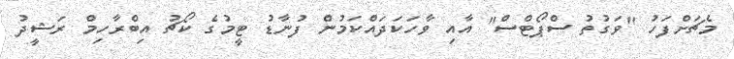
މެޗަށްފަހު "ވަގުތު ސްޕޯޓްސް" އާއި ވާހަކަދައްކަމުން ފުނާޑު ޓީމުގެ ކޯޗު އިބްރާހިމް ރަޝީދު